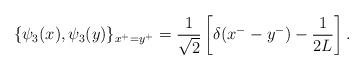
LaTeX: \begin{align*}\{\psi_3(x), \psi_3(y)\}_{x^+=y^+}=\frac{1}{\sqrt 2}\left[\delta(x^--y^-)-\frac{1}{2L}\right].\end{align*}